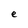
Character: e